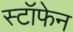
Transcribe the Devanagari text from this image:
स्टॉफेन